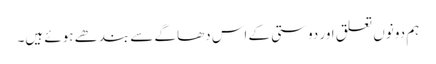
ہم دونوں تعلق اور دوستی کے اس دھاگے سے بندھے ہوئے ہیں۔